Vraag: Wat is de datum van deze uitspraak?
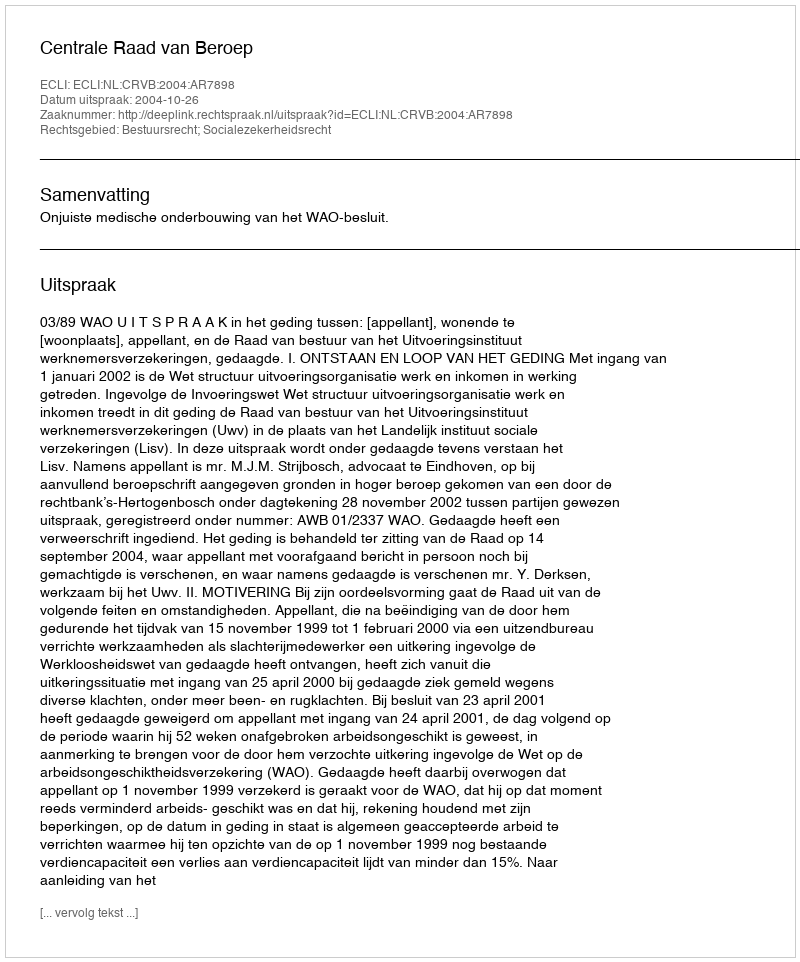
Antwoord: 2004-10-26